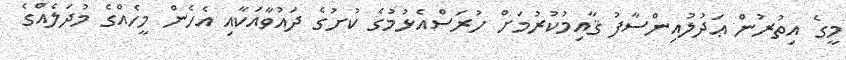
މީގެ އިތުރުން ޢަދުލުއިންސާފު ޤާއިމުކުރުމަށް ހުރަސްއެޅުމުގެ ކުށުގެ ދައުވާއަކާއި އެހެން މީހެއްގެ މުދަލެއްގެ